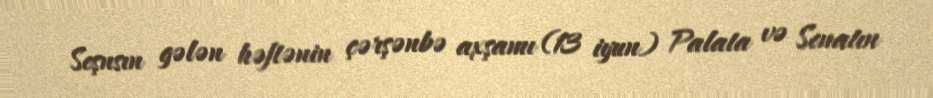
Seşnsın gələn həftənin çərşənbə axşamı (13 iyun) Palata və Senatın